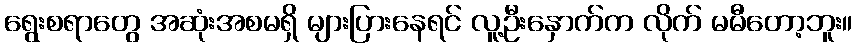
ရွေးစရာတွေ အဆုံးအစမရှိ များပြားနေရင် လူ့ဦးနှောက်က လိုက် မမီတော့ဘူး။